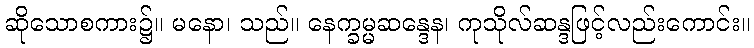
ဆိုသောစကား၌။ မနော၊ သည်။ နေက္ခမ္မဆန္ဒေန၊ ကုသိုလ်ဆန္ဒဖြင့်လည်းကောင်း။